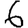
Digit: 6